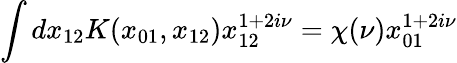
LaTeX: \int dx_{12}K(x_{01},x_{12})x_{12}^{1+2i\nu}=\chi(\nu)x_{01}^{1+2i\nu}